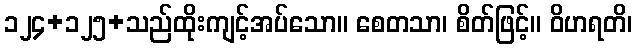
၁၂၄+၁၂၅+သည်ထိုးကျင့်အပ်သော။ စေတသာ၊ စိတ်ဖြင့်။ ဝိဟရတိ၊